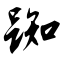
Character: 踟